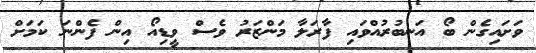
ވަށައިގެން ބޯ އަނބުރުއްވައި ފާރަލާ މަންޒަރު ވެސް ވީޑިއޯ އިން ފެންނަ ކަމަށް